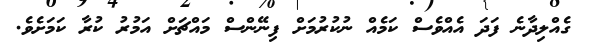
ގެއްލިދާނެ ފަދަ އެއްވެސް ކަމެއް ނުކުރުމަށް ފިނޭންސް މައްޗަށް އަމުރު ކުރާ ކަމަށެވެ.